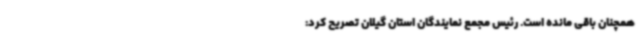
همچنان باقی مانده است. رئیس مجمع نمایندگان استان گیلان تصریح کرد: